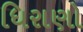
ધિરાણો